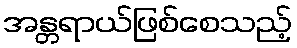
အန္တရာယ်ဖြစ်စေသည့်